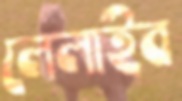
লেলাইব